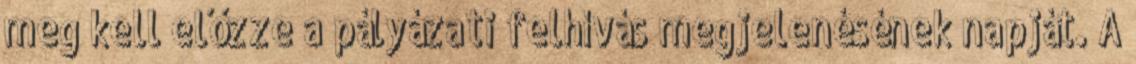
meg kell előzze a pályázati felhívás megjelenésének napját. A